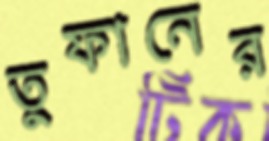
তুফানের